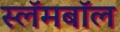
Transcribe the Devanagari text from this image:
स्लॅमबॉल